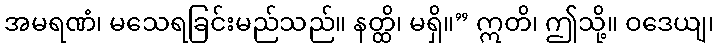
အမရဏံ၊ မသေရခြင်းမည်သည်။ နတ္ထိ၊ မရှိ။” ဣတိ၊ ဤသို့။ ဝဒေယျ၊